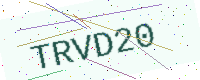
Text: TRVD20